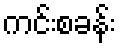
ကင်းစခန်း